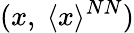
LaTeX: (x,~\langle x\rangle^{NN})